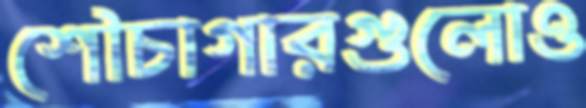
শৌচাগারগুলোও